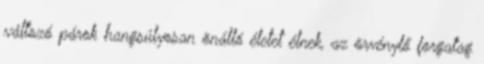
változó párok hangsúlyosan önálló életet élnek, az örvénylő forgatag